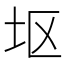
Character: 𫭟